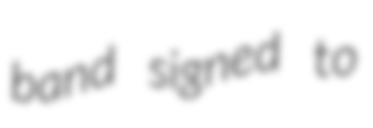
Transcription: band signed to